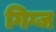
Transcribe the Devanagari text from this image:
गिग्ज